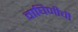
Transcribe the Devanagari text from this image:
वाघिणीची